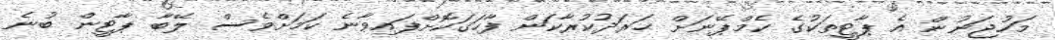
މަހުޖަނުން އެ ޕާޓީތަކުގެ ކެމްޕޭނަށް ޙަރަދުކުރާކަން ފާހަގަކޮށްފައިވާނެ ކަމަށްވެސް ލޭބާ ޕާޓީން ބުނެ